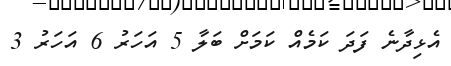
އެޅިދާނެ ފަދަ ކަމެއް ކަމަށް ބަލާ 5 އަހަރު 6 އަހަރު 3